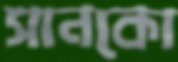
সানকো